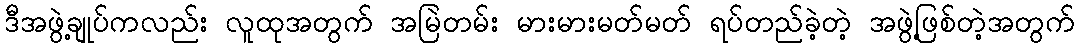
ဒီအဖွဲ့ချုပ်ကလည်း လူထုအတွက် အမြဲတမ်း မားမားမတ်မတ် ရပ်တည်ခဲ့တဲ့ အဖွဲ့ဖြစ်တဲ့အတွက်